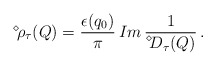
\begin{align*}\displaystyle{ \raisebox{0.9ex}{\scriptsize{$\diamond$}}} \mbox{\hspace{-0.33ex}} \rho_\tau (Q) = \frac{\epsilon (q_0)}{\pi} \, Im \, \frac{1}{\displaystyle{ \raisebox{1.1ex}{\scriptsize{$\diamond$}}} \mbox{\hspace{-0.33ex}} D_\tau (Q)} \, . \end{align*}